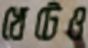
খেটেও